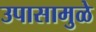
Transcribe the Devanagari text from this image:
उपासामुळे